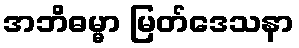
အဘိဓမ္မာ မြတ်ဒေသနာ